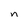
Character: n